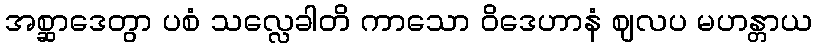
အစ္ဆာဒေတွာ ပစံ သလ္လေခါတိ ကာသော ဝိဒေဟာနံ ဈလပ မဟန္တာယ